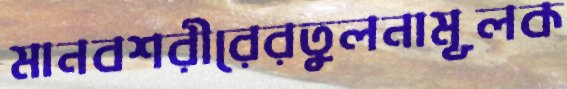
মানবশরীরেরতুলনামূলক